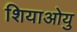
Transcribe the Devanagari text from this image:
शियाओयु